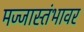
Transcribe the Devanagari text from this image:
मज्जास्तंभावर